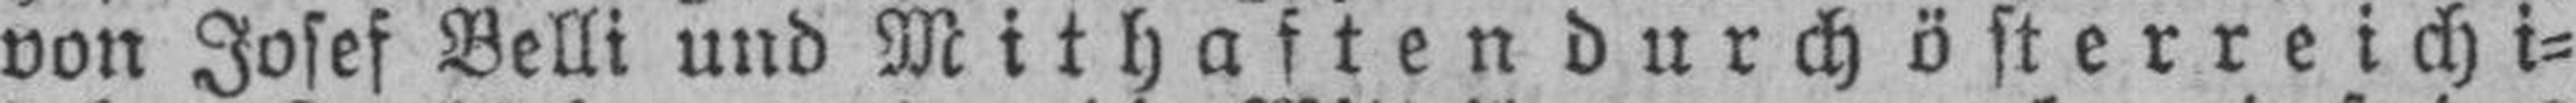
von Josef Belli und Mithaften durch österreich i¬